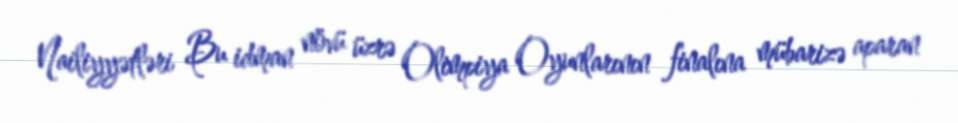
Nailiyyətləri Bu idman növü üzrə Olimpiya Oyunlarının finalına mübarizə aparan